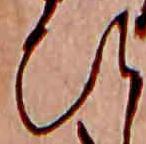
ひ